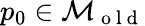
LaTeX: p_{0}\in\mathcal{M}_{\mathrm{~o~l~d~}}